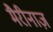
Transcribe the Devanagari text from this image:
मैरीनाज़